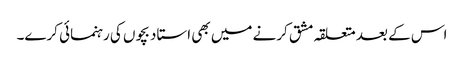
اس کے بعد متعلقہ مشق کرنے میں بھی استاد بچوں کی رہنمائی کرے۔